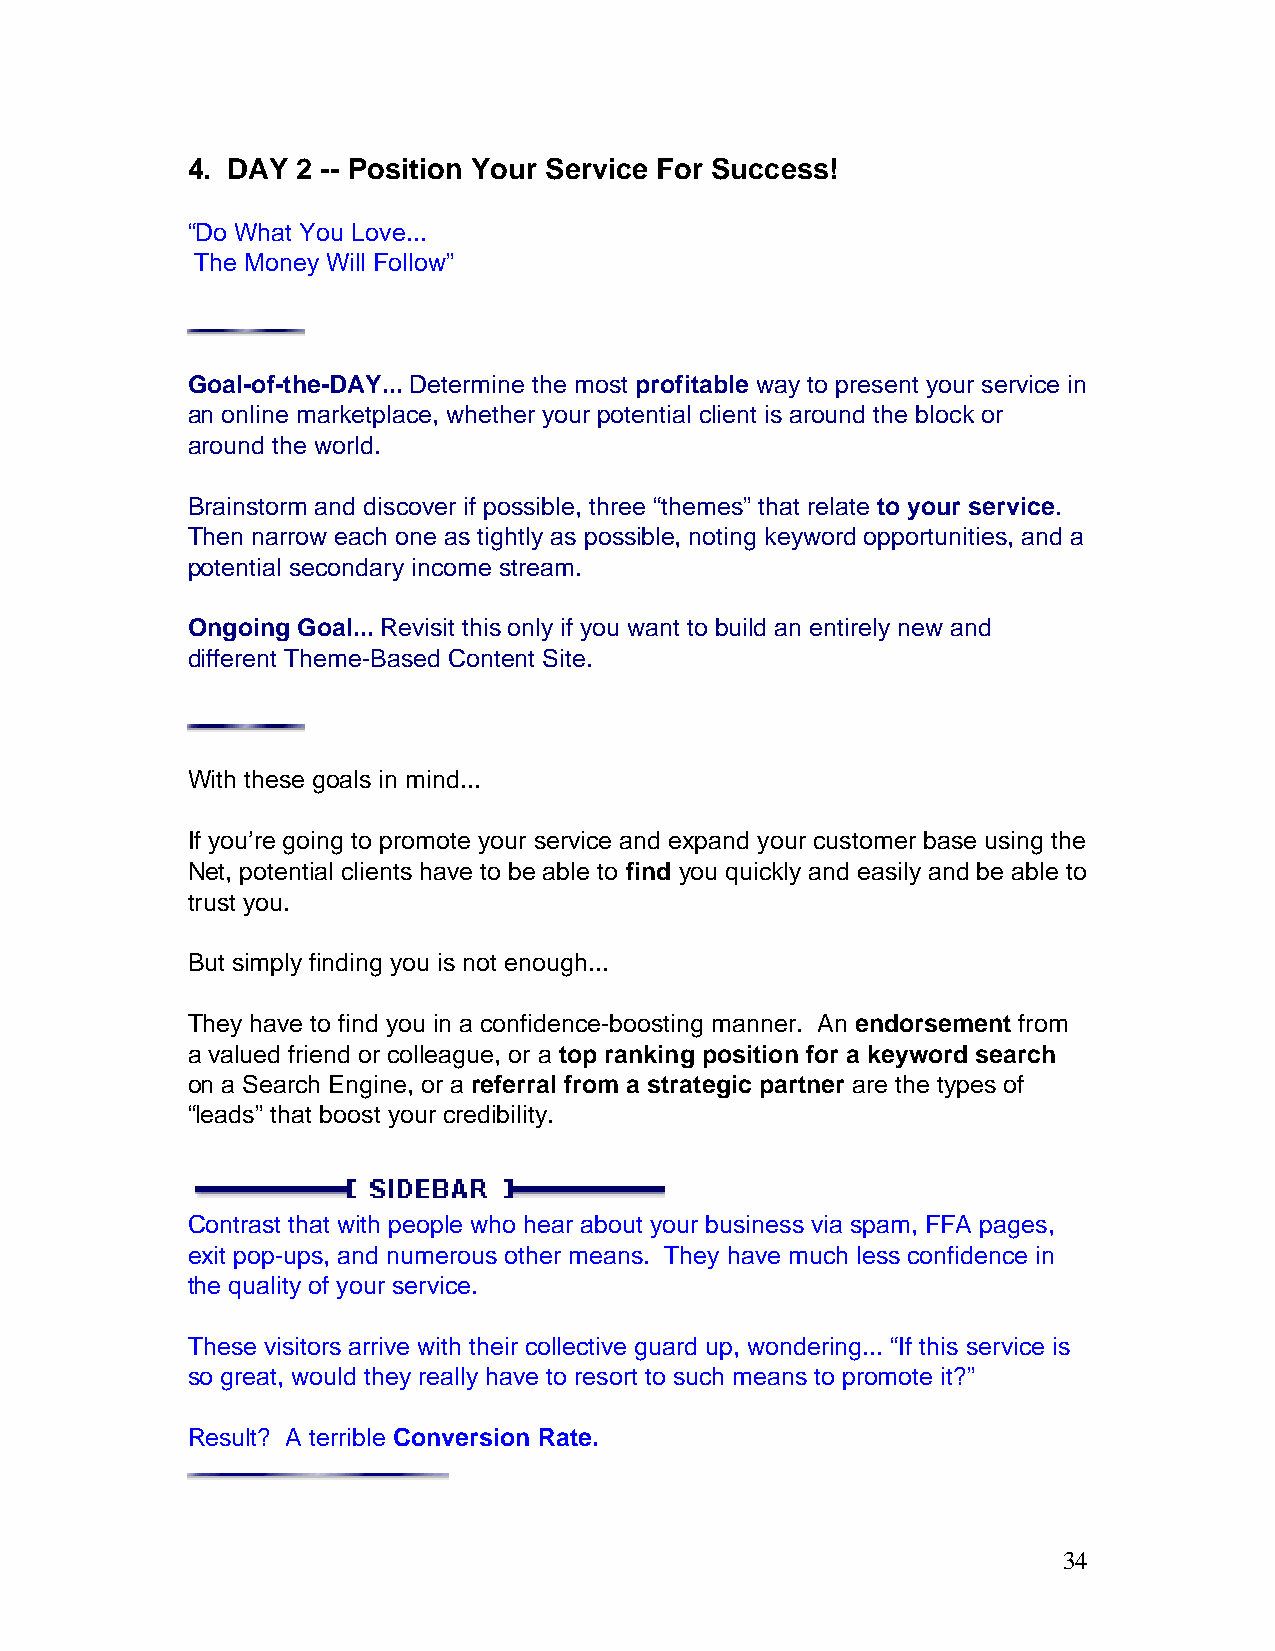
4. DAY  2 -- Position Your Service For Success!
 “Do What You Love...
 The Money Will Follow”
 Goal-of-the-DAY... Determine the most profitable way to present your service in
 an online marketplace, whether your potential client is around the block or
 around the world.
 Brainstorm and discover if possible, three “themes” that relate to your service.
 Then narrow each one as tightly as possible, noting keyword opportunities, and a
 potential secondary income stream.
 Ongoing Goal... Revisit this only if you want to build an entirely new and
 different Theme-Based Content Site.
 With these goals in mind...
 If you’re going to promote your service and expand your customer base using the
 Net, potential clients have to be able to find you quickly and easily and be able to
 trust you.
 But simply finding you is not enough...
 They have to find you in a confidence-boosting manner. An endorsement from
 a valued friend or colleague, or a top ranking position for a keyword search
 on a Search Engine, or a referral from a strategic partner are the types of
 “leads” that boost your credibility.
 Contrast that with people who hear about your business via spam, FFA pages,
 exit pop-ups, and numerous other means. They have much less confidence in
 the quality of your service.
 These visitors arrive with their collective guard up, wondering... “If this service is
 so great, would they really have to resort to such means to promote it?”
 Result? A terrible Conversion Rate.
 34